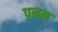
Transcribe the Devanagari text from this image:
पनम